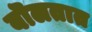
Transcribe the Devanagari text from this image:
बॊलतात